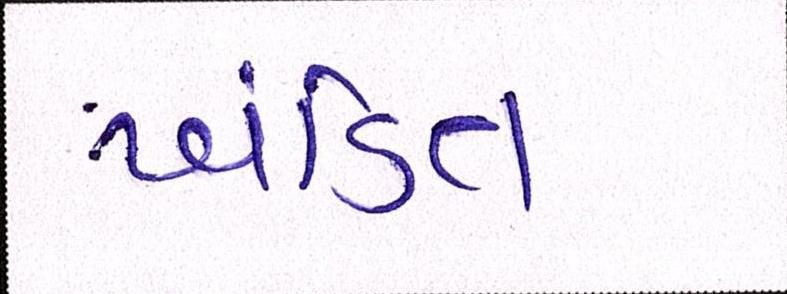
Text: ખંડિત